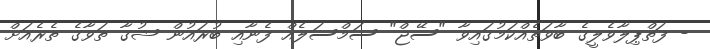
- ފަތްޕިލާވެލީގެ ބާވަތެއްކަމުގައިވާ "ސޭޖް" ސަމްސަލެއް ފެނާއި ބުރައުން ޝުގާ ތަވާގެ ތެރެއަށް